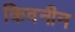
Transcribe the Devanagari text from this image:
किवनीन